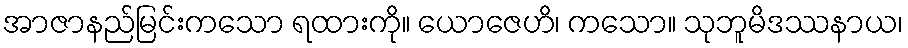
အာဇာနည်မြင်းကသော ရထားကို။ ယောဇေဟိ၊ ကသော။ သုဘူမိဒဿနာယ၊